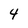
Character: 4